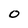
Character: 0